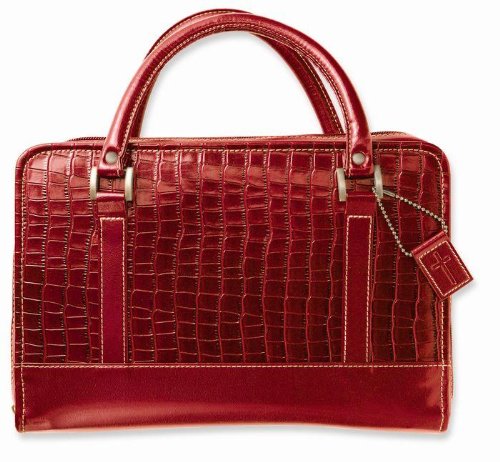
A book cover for Reptile Cherry Bible Cover LG; Zondervan; Christian Books & Bibles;